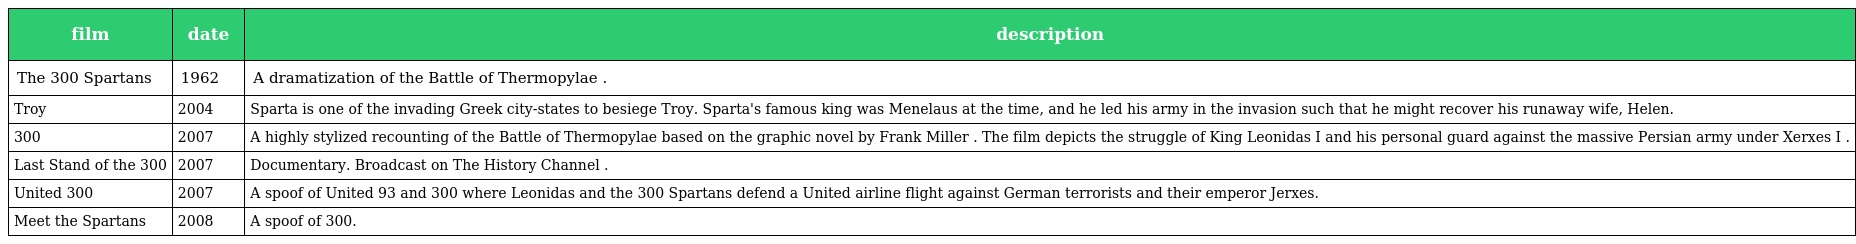
| film | date | description |
 | --- | --- | --- |
 | The 300 Spartans | 1962 | A dramatization of the Battle of Thermopylae . |
 | Troy | 2004 | Sparta is one of the invading Greek city-states to besiege Troy. Sparta's famous king was Menelaus at the time, and he led his army in the invasion such that he might recover his runaway wife, Helen. |
 | 300 | 2007 | A highly stylized recounting of the Battle of Thermopylae based on the graphic novel by Frank Miller . The film depicts the struggle of King Leonidas I and his personal guard against the massive Persian army under Xerxes I . |
 | Last Stand of the 300 | 2007 | Documentary. Broadcast on The History Channel . |
 | United 300 | 2007 | A spoof of United 93 and 300 where Leonidas and the 300 Spartans defend a United airline flight against German terrorists and their emperor Jerxes. |
 | Meet the Spartans | 2008 | A spoof of 300. |